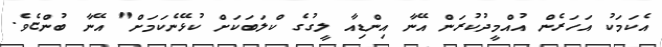
އެކަމަކު އަހަރެން އުއްމީދުކުރަން އޭނާ އިންޑިއާ ލީގުގެ ކްލަބަކަށް ކުޅޭނެކަމަށް" އޭނާ ބުންޏެވެ.